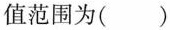
值范围为( )